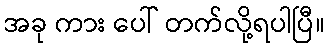
အခု ကား ပေါ် တက်လို့ရပါပြီ။